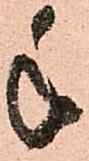
手